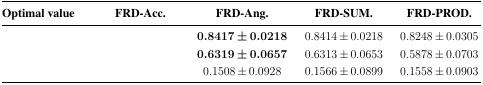
<table><thead><tr><td><b>Optimal value</b></td><td><b>FRD-Acc.</b></td><td><b>FRD-Ang.</b></td><td><b>FRD-SUM.</b></td><td><b>FRD-PROD.</b></td></tr></thead><tbody><tr><td>[EMPTY_CELL]</td><td>[EMPTY_CELL]</td><td><b>0.8417 ± 0.0218</b></td><td>0.8414 ± 0.0218</td><td>0.8248 ± 0.0305</td></tr><tr><td>[EMPTY_CELL]</td><td>[EMPTY_CELL]</td><td><b>0.6319 ± 0.0657</b></td><td>0.6313 ± 0.0653</td><td>0.5878 ± 0.0703</td></tr><tr><td>[EMPTY_CELL]</td><td>[EMPTY_CELL]</td><td>0.1508 ± 0.0928</td><td>0.1566 ± 0.0899</td><td>0.1558 ± 0.0903</td></tr></tbody></table>